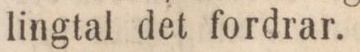
lingtal det fordrar.